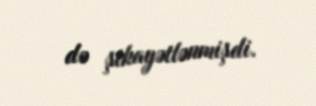
də şikayətlənmişdi.